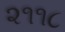
૨૧૧૮